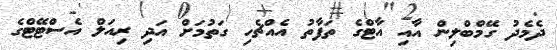
ދެމެދު ގޭމްބްލިން އާއި އާޓްގެ ތަފާތު އެއްޗެހި ގަތުމަށް އަދި ރިއަލް އެސްޓޭޓްގެ